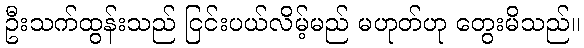
ဦးသက်ထွန်းသည် ငြင်းပယ်လိမ့်မည် မဟုတ်ဟု တွေးမိသည်။